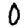
Digit: 0